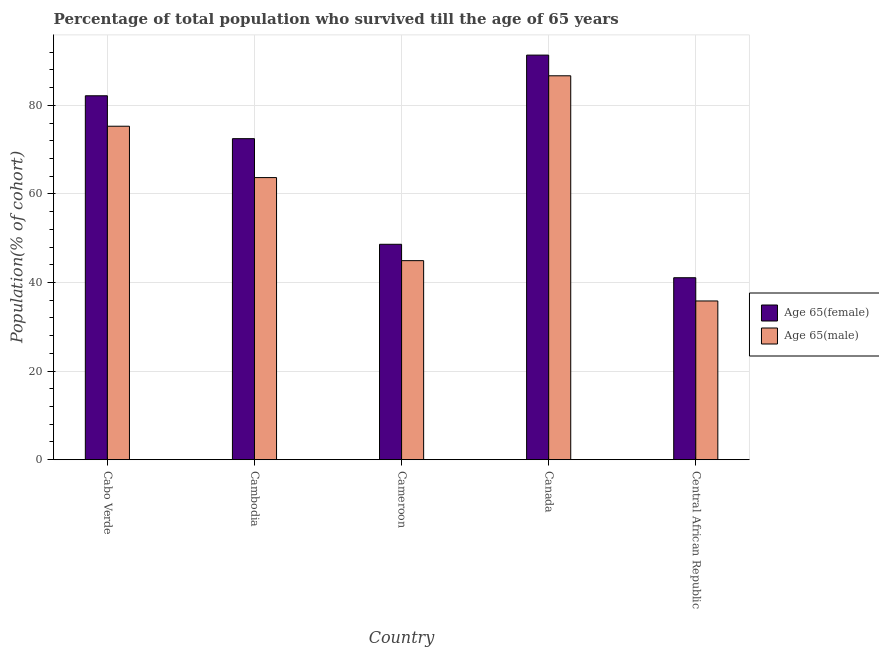
| Country | Age 65(female) | Age 65(male) |
 | --- | --- | --- |
 | Cabo Verde | 82.2 | 75.3 |
 | Cambodia | 72.5 | 63.7 |
 | Cameroon | 48.6 | 44.9 |
 | Canada | 91.4 | 86.7 |
 | Central African Republic | 41.1 | 35.8 |